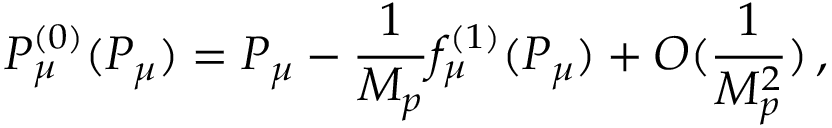
P _ { \mu } ^ { ( 0 ) } ( P _ { \mu } ) = P _ { \mu } - \frac { 1 } { M _ { p } } f _ { \mu } ^ { ( 1 ) } ( P _ { \mu } ) + { \cal O } ( \frac { 1 } { M _ { p } ^ { 2 } } ) \, ,